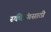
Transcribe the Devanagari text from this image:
स्कीइंगसाठी